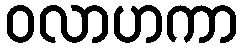
ဝလာဟကာ